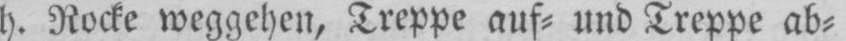
h. Rocke weggehen, Treppe auf⸗ und Treppe ab⸗